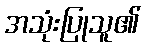
အသုံးပြုသူ၏